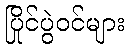
ပြိုင်ပွဲဝင်များ